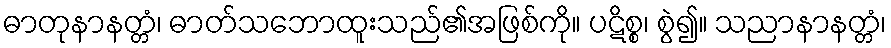
ဓာတုနာနတ္တံ၊ ဓာတ်သဘောထူးသည်၏အဖြစ်ကို။ ပဋိစ္စ၊ စွဲ၍။ သညာနာနတ္တံ၊